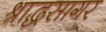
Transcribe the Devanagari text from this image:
श्राद्धसागर